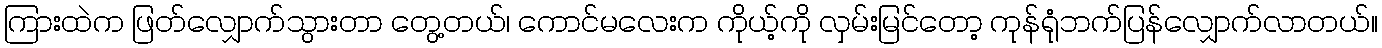
ကြားထဲက ဖြတ်လျှောက်သွားတာ တွေ့တယ်၊ ကောင်မလေးက ကိုယ့်ကို လှမ်းမြင်တော့ ကုန်ရုံဘက်ပြန်လျှောက်လာတယ်။